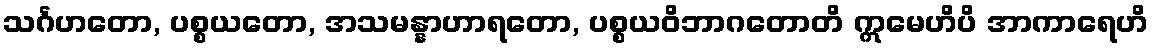
သင်္ဂဟတော, ပစ္စယတော, အသမန္နာဟာရတော, ပစ္စယဝိဘာဂတောတိ ဣမေဟိပိ အာကာရေဟိ